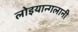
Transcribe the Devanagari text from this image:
लोइयान्गलानी